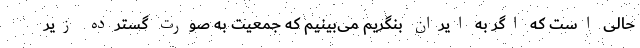
حالی است که اگر به ایران بنگریم می‌بینیم که جمعیت به صورت گسترده زیر